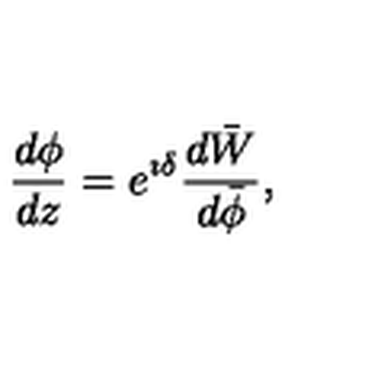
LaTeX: \frac { d \phi } { d z } = e ^ { \imath \delta } \frac { d \bar { W } } { d \bar { \phi } } ,